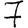
Digit: 7